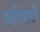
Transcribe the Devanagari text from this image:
रुढ़ीवादी